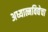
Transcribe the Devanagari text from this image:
अध्यात्मविद्येचा